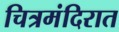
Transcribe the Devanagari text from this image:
चित्रमंदिरात